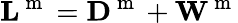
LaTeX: {\mathbf L}^{\mathrm{~m~}}={\mathbf D}^{\mathrm{~m~}}+{\mathbf W}^{\mathrm{~m~}}